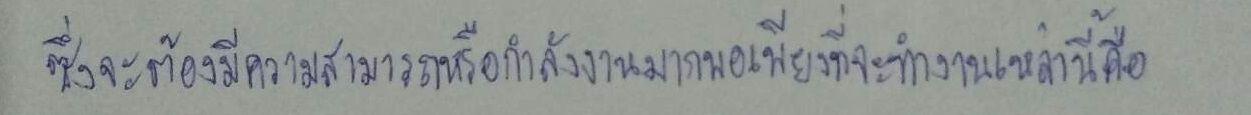
ซึ่งจะต้องมีความสามารถหรือกำลังงานมากพอเพียงที่จะทำงานเหล่านี้คือ